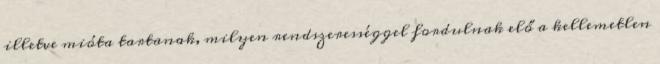
illetve mióta tartanak, milyen rendszerességgel fordulnak elő a kellemetlen